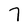
Character: 7